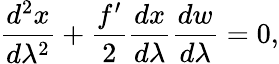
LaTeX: \frac{d^{2}x}{d\lambda^{2}}+\frac{f^{\prime}}{2}\frac{dx}{d\lambda}\frac{dw}{d\lambda}=0,